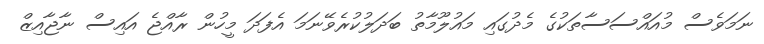
ނަމަވެސް މުއައްސަސާތަކުގެ މެދުގައި މައުލޫމާތު ބަދަލުކުރެވޭނަމަ އެފަދަ މީހުން ރާއްޖެ އައިސް ނާޖާއިޒް